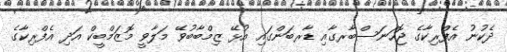
ދެކުނު އެފްރިކާގެ ޖޮހަނަސްބާރގާއި ޑާރބަންގައި އުޅޭ ޒިމްބާބުވޭ މަލާވީ މޮޒަމްބީކް އަދި އެފްރިކާގެ